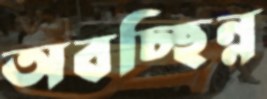
অবচ্ছিন্ন